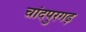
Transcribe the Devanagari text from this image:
चांदपुरगढ़